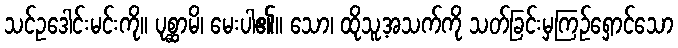
သင်ဥဒေါင်းမင်းကို။ ပုစ္ဆာမိ၊ မေးပါ၏။ သော၊ ထိုသူ့အသက်ကို သတ်ခြင်းမှကြဉ်ရှောင်သော